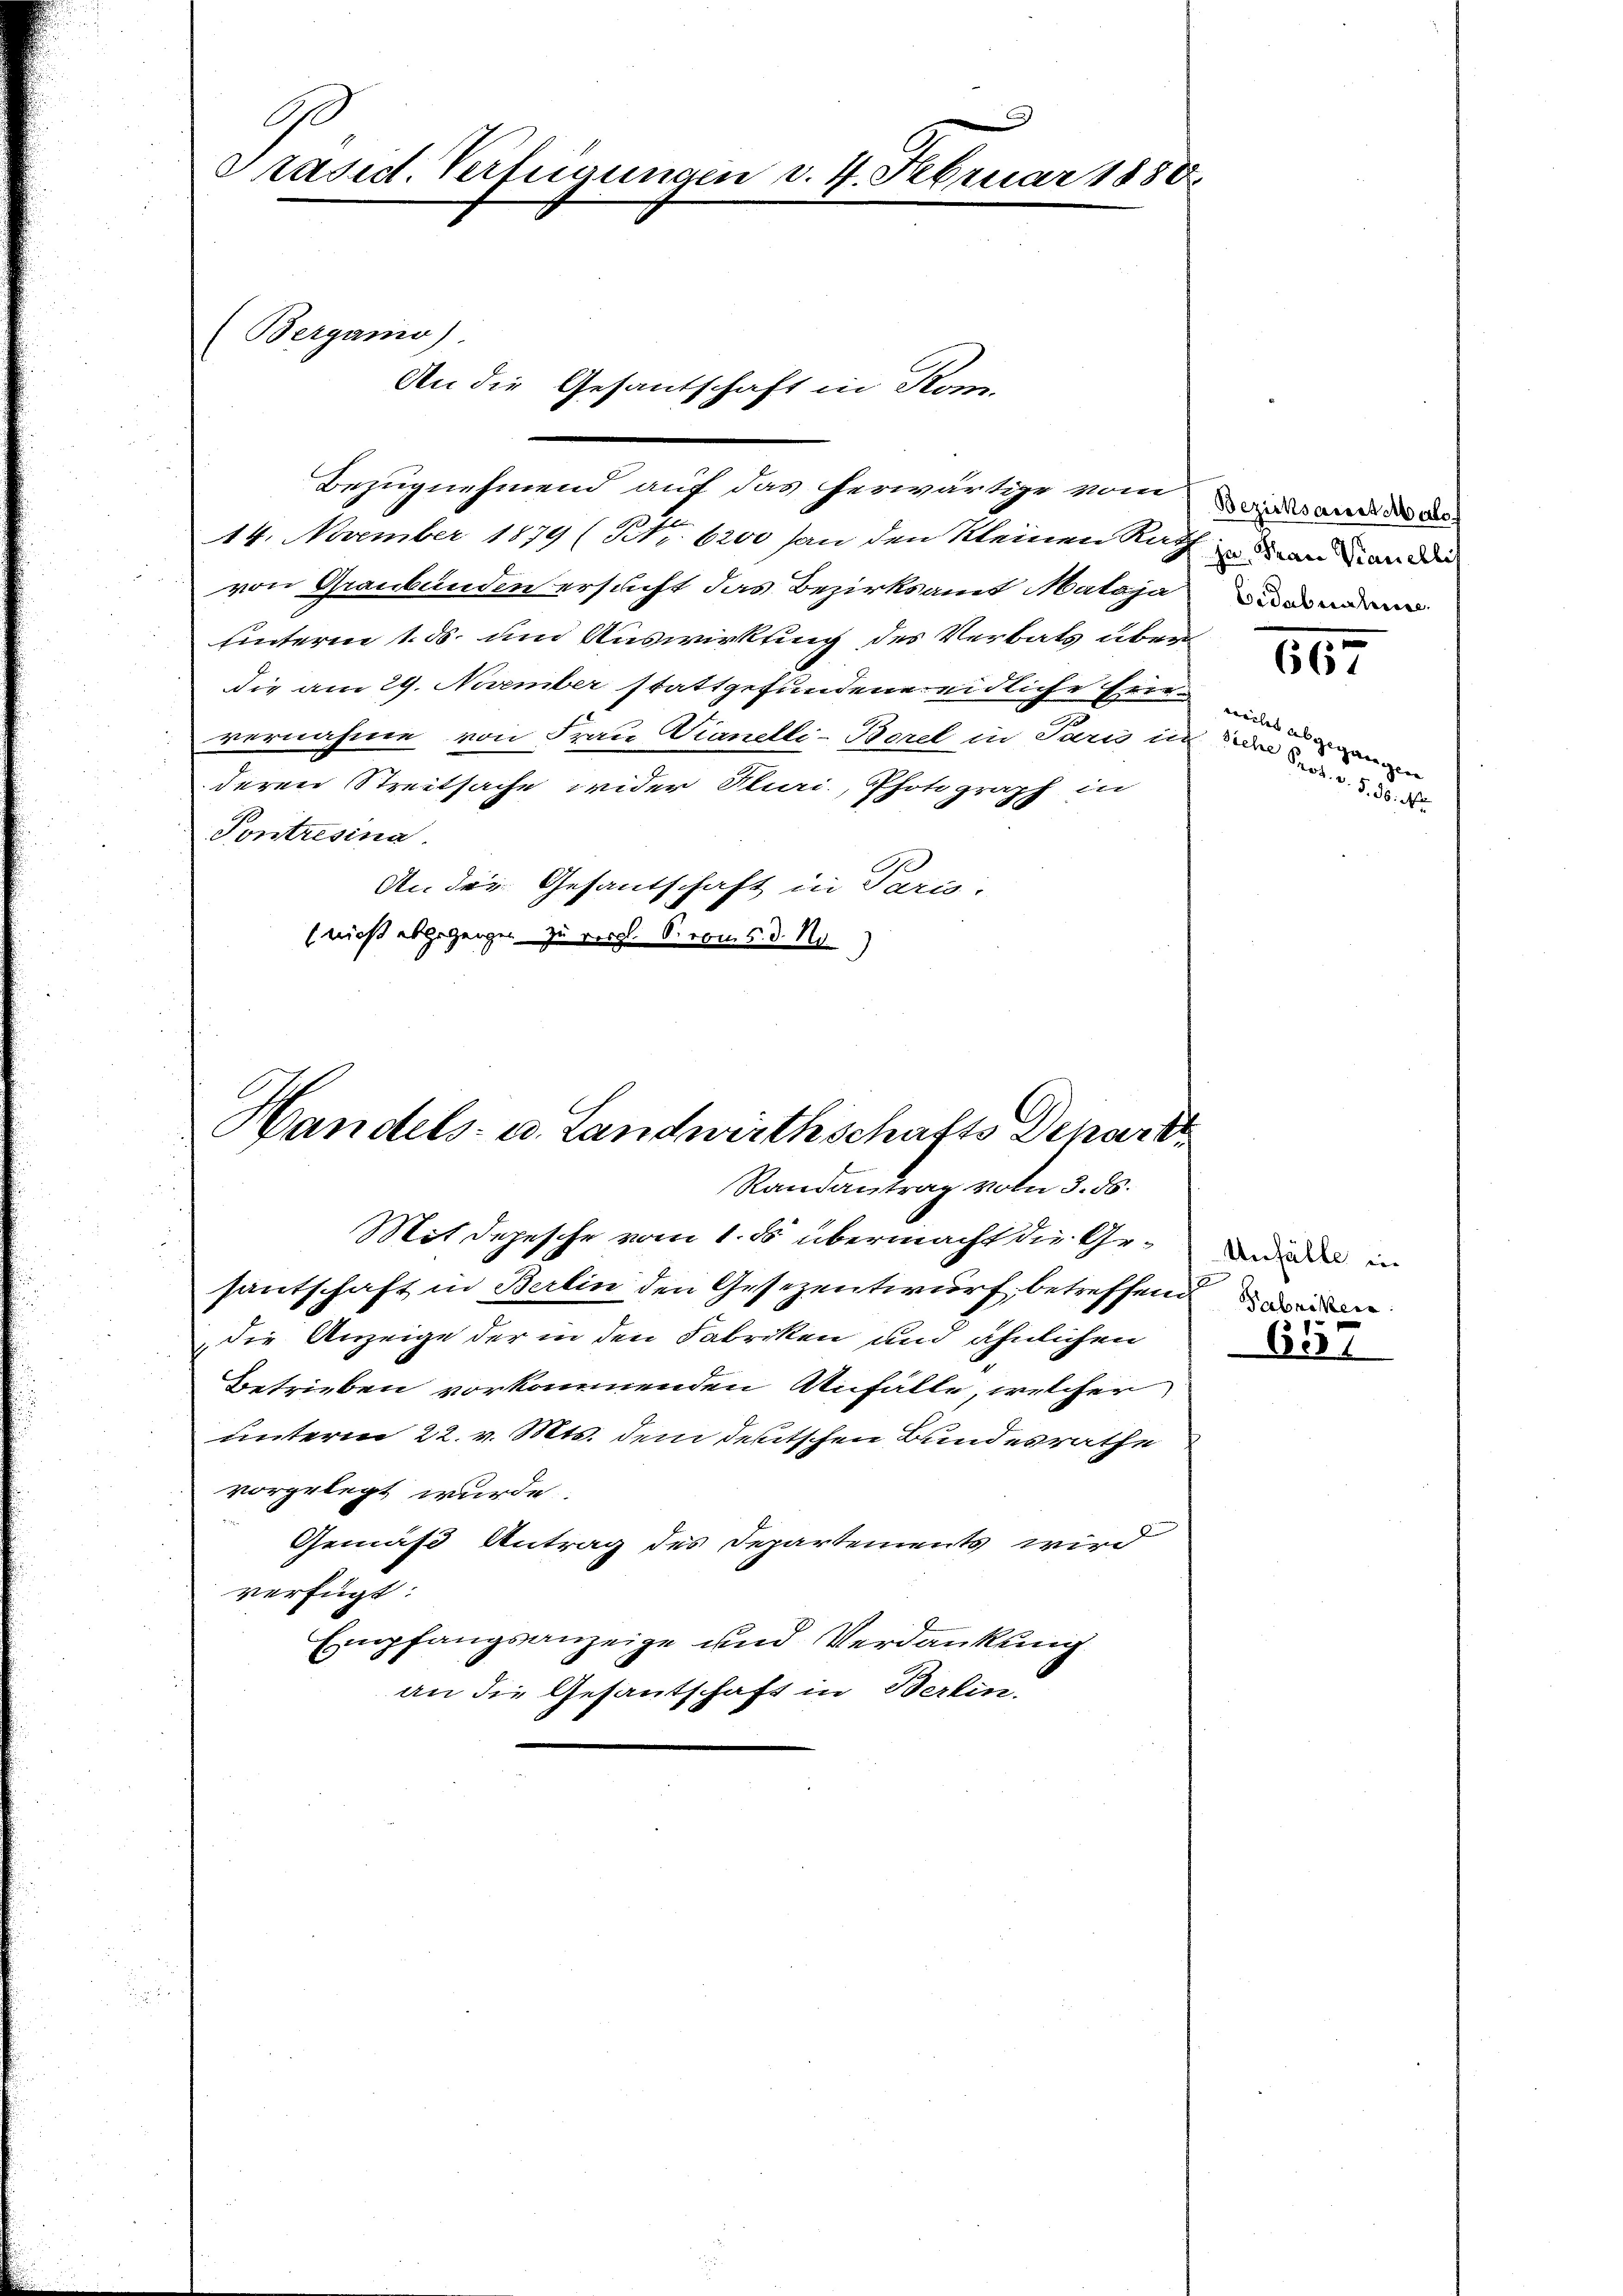
G
Präsid. Verfügungen v. 4. Februar 1888.

An die Gesantschaft in Kom-

Bezugnehmend auf das herwärtige vom ents an der d
14. November 1879 (Nr. 6200 an den kleinen Rath an der die
von Graubünden ersucht das Bezirksamt Matoja
unterm 1. ds. um Auswirkung des Verbats überdie am 29. November stattgefundenereidliche Eine eine a
vernahme von Frau Saanelli-Bezel in Sand in der §. 5. d. d.
deren Streitsache wider Pluri, Photograph in
Pontresina
An der Gesantschaft in Para.
(nicht abgegangen zu vergl. S. vom 5. d. No.

Berganio)

Handels- u. Landwirthschafts Depart
Randantrag von 3. 86.

Mit depesche vom 1. ds. übermacht die Gesantschaft in Berlin den Gesezentwurf betreffend wen
die Anzeige der in den Fabriken und ähnlichen
Betrieben vorkommenden Anfälle, welcher
unterm 22. v. Mts. dem deutschen Bundesrathe
vorgelegt wurde.
Gemäß Antrag des Departements wird
verfügt:
mpfangsanzeige und Verdankung
E
an die Gesantschaft in Berlin.

Cedaboratorene

667

gegangen

Unfälle in

657